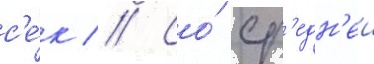
с'е́к // Со́ ср'едн'еи